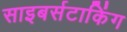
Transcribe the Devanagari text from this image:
साइबर्सटाकिंग